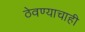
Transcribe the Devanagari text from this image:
ठेवण्याचाही